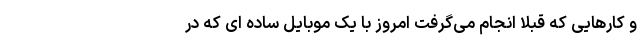
و کارهایی که قبلا انجام می‌گرفت امروز با یک موبایل ساده ای که در